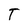
Character: T